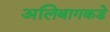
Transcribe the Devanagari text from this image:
अलिबागकडे